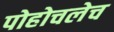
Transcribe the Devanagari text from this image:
पोहोचलेच